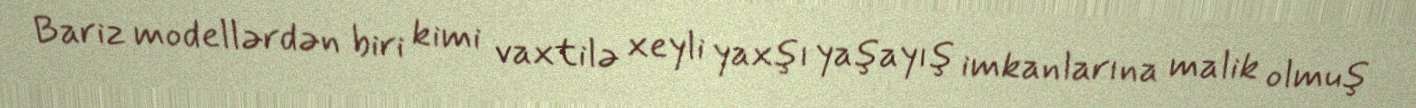
Bariz modellərdən biri kimi vaxtilə xeyli yaxşı yaşayış imkanlarına malik olmuş